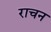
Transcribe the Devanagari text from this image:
राचन